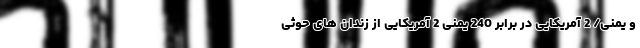
و یمنی/ 2 آمریکایی در برابر 240 یمنی 2 آمریکایی از زندان های حوثی